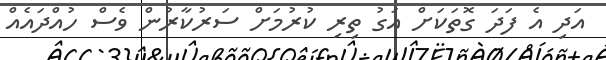
އަދި އެ ފަދަ ގޮތަކަށް އަގު ތިރި ކުރުމަށް ސަރުކާރުން ވެސް ހުއްދައެއް